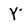
Character: Y